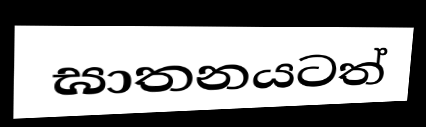
ඝාතනයටත්